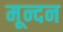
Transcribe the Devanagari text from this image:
मून्दन